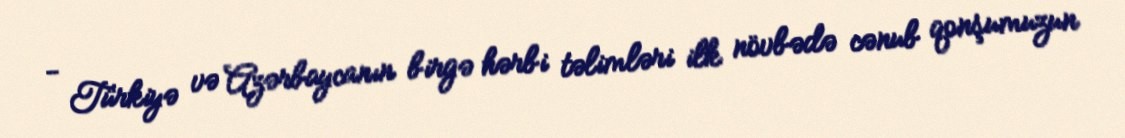
- Türkiyə və Azərbaycanın birgə hərbi təlimləri ilk növbədə cənub qonşumuzun